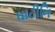
ઘાટીનિ